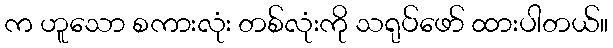
က ဟူသော စကားလုံး တစ်လုံးကို သရုပ်ဖော် ထားပါတယ်။